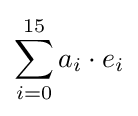
\sum _{i=0}^{15}a_{i}\cdot e_{i}